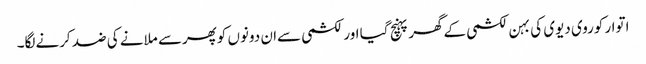
اتوار کوروی دیوی کی بہن لکشمی کےگھرپہنچ گیا اورلکشمی سےان دونوں کوپھرسے ملانے کی ضد کرنےلگا۔